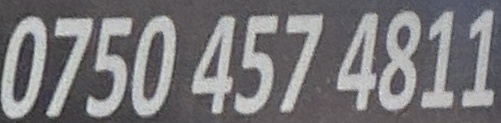
0750 457 4811